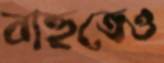
বাহুতেও